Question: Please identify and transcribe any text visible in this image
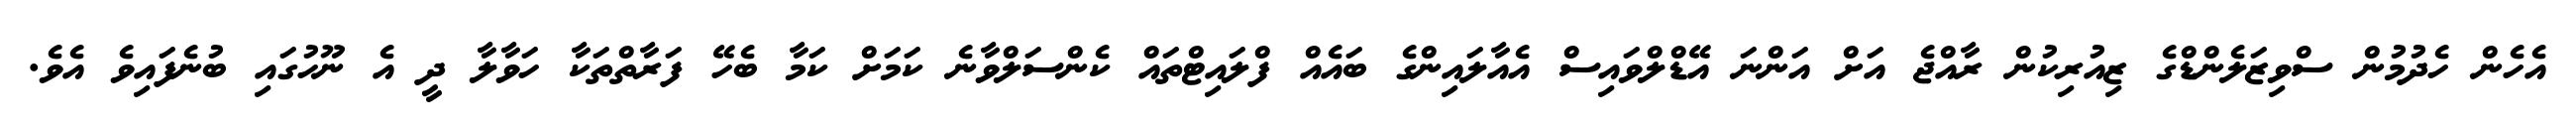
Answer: އެހެން ހެދުމުން ސްވިޒަލެންޑްގެ ޒިއުރިކުން ރާއްޖެ އަށް އަންނަ އޭޑްލްވައިސް އެއާލައިންގެ ބައެއް ފްލައިޓްތައް ކެންސަލްވާނެ ކަމަށް ކަމާ ބެހޭ ފަރާތްތަކާ ހަވާލާ ދީ އެ ނޫހުގައި ބުނެފައިވެ އެވެ.